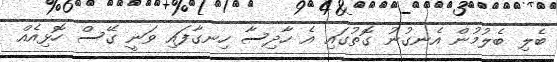
ބެލި ބެލުމުން އެނގުނު ގޮތުގައި އެ ހާދިސާ ހިނގާފައި ވަނީ ގޭސް ހޮޅިއެއް